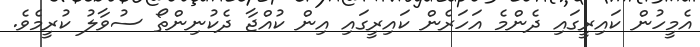
އެމީހުން ކައިރީގައި ދެންމެ އަހަރެން ކައިރީގައި އިން ކުއްޖާ ދެކުނިންތޯ ސުވާލު ކުރީމެވެ.